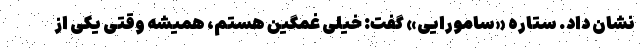
نشان داد. ستاره «سامورایی» گفت: خیلی غمگین هستم، همیشه وقتی یکی از